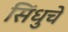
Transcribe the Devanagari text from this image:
सिंधुचे